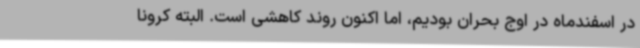
در اسفندماه در اوج بحران بودیم، اما اکنون روند کاهشی است. البته کرونا